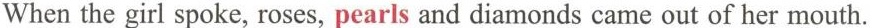
When the girl spoke, roses, pearls and diamonds came out of her mouth.